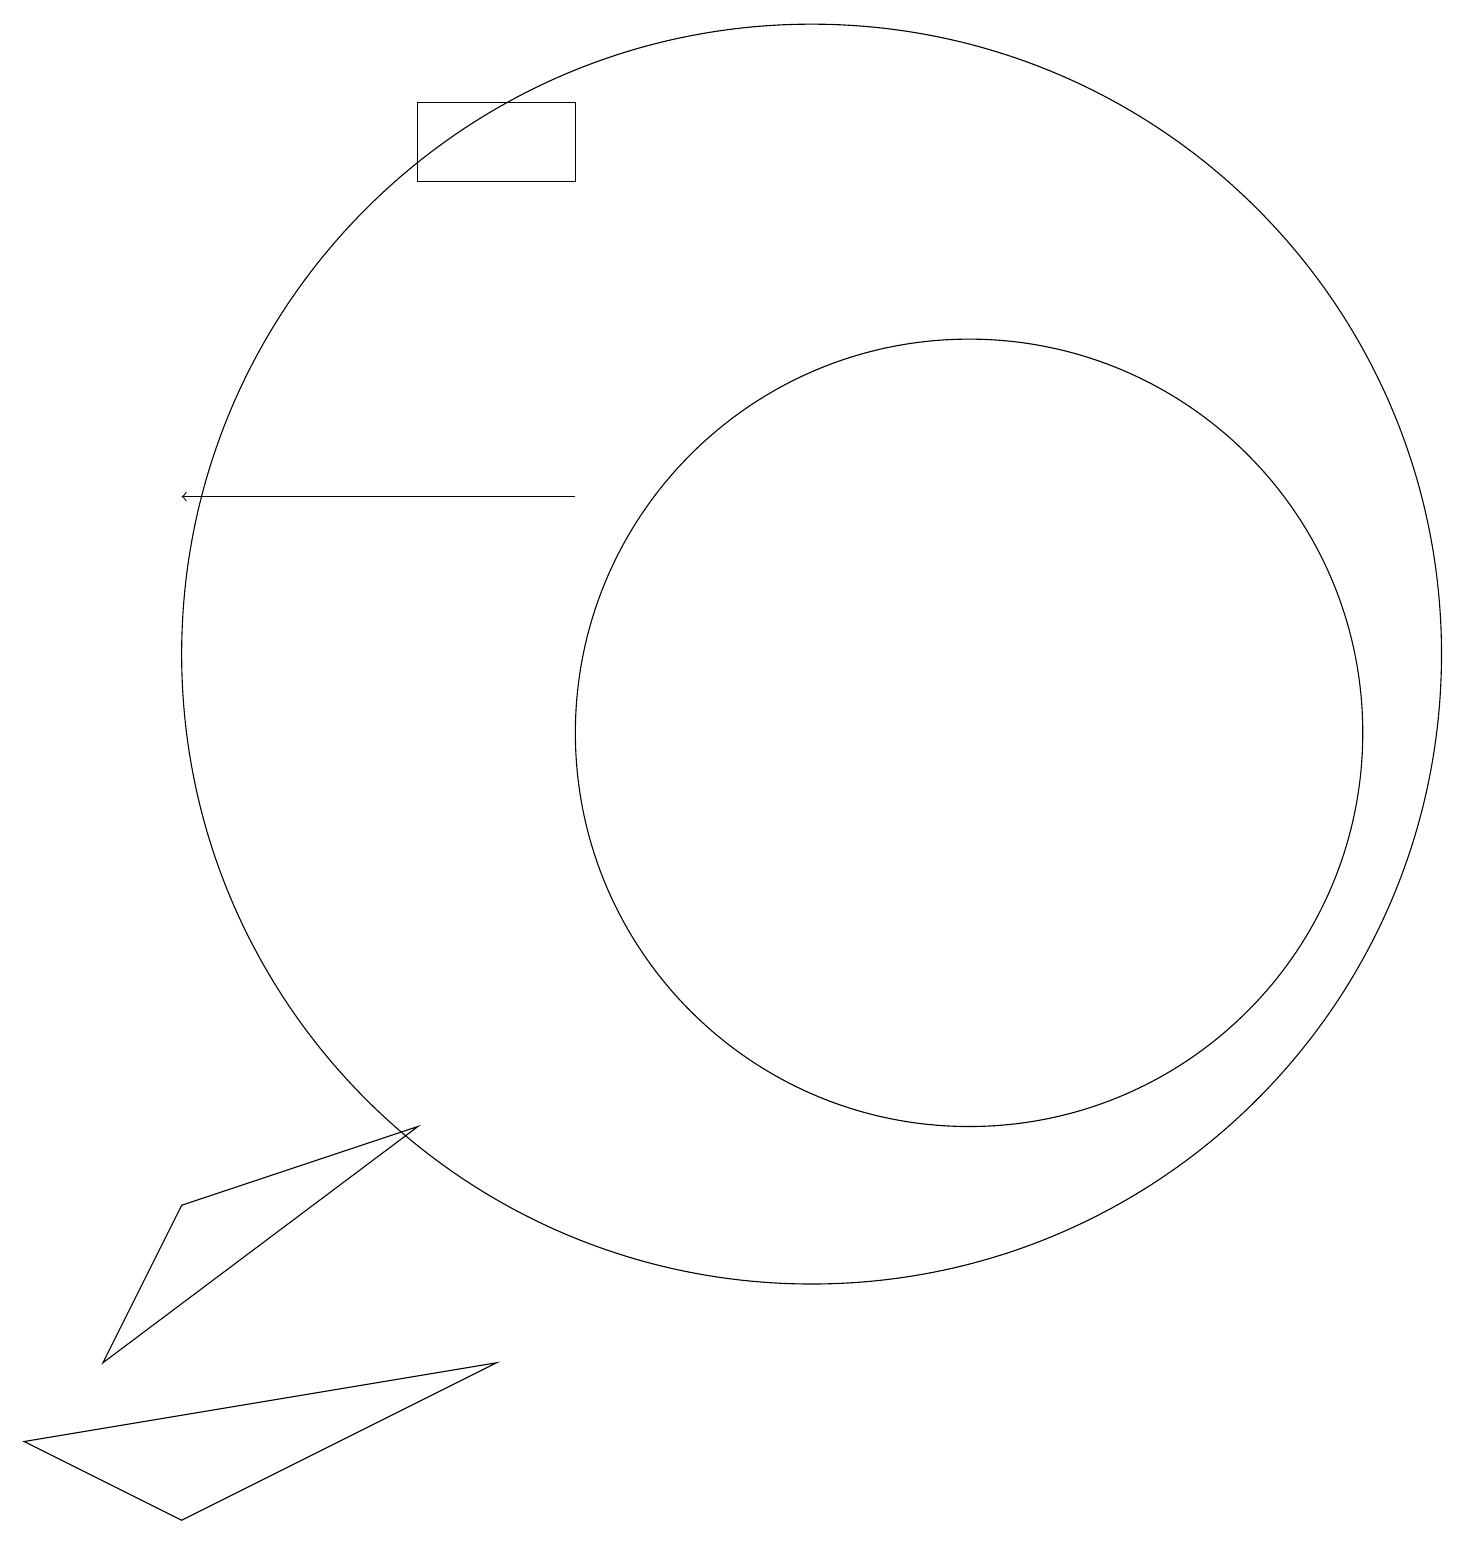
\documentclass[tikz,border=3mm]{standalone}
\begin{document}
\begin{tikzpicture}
\draw[->] (7,13) -- (2,13);
\draw (6,2) -- (2,0) -- (0,1) -- cycle;
\draw (10,11) circle (8);
\draw (5,5) -- (2,4) -- (1,2) -- cycle;
\draw (12,10) circle (5);
\draw (7,17) rectangle (5,18);
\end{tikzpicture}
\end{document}